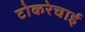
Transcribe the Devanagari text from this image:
टोकरेचाई